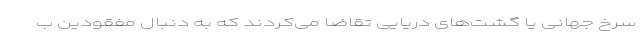
سرخ جهانی یا گشت‌های دریایی تقاضا می‌کردند که به‌ دنبال مفقودین ب